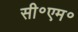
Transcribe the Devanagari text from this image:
सी॰एम॰